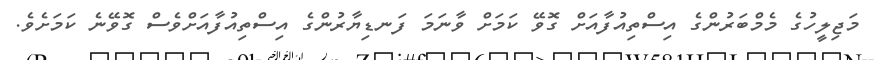
މަޖިލީހުގެ މެމްބަރުންގެ އިސްތިއުފާއަށް ގޮވޭ ކަމަށް ވާނަމަ ފަނޑިޔާރުންގެ އިސްތިއުފާއަށްވެސް ގޮވޭނެ ކަމަށެވެ.